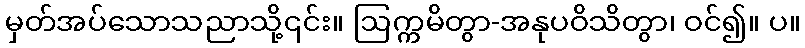
မှတ်အပ်သောသညာသို့၎င်း။ ဩက္ကမိတွာ-အနုပဝိသိတွာ၊ ဝင်၍။ ပ။